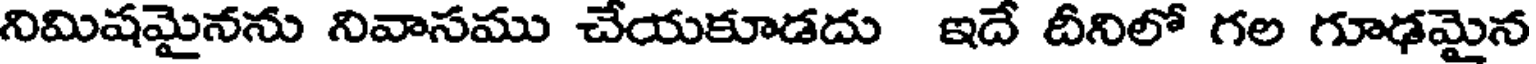
నిమిషమైనను నివాసము చేయకూడదు ఇదే దీనిలో గల గూఢమైన